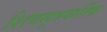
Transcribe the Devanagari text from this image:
शिवसूत्रवार्तिक